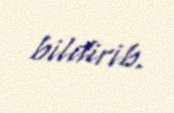
bildirib.